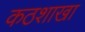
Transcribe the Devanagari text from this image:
कठशाखा